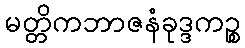
မတ္တိကဘာဇနံခုဒ္ဒကဉ္စ